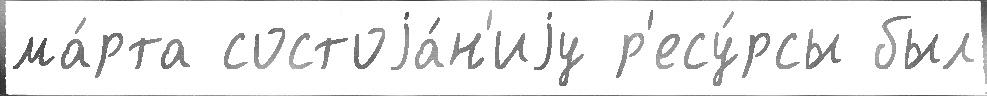
ма́рта состоjа́н'иjу р'есу́рсы был